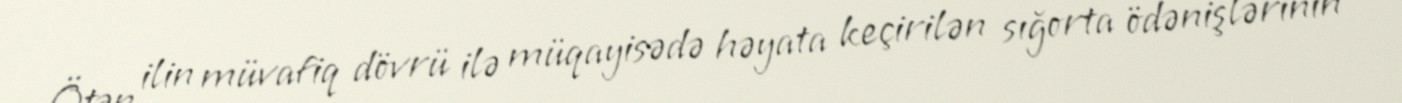
Ötən ilin müvafiq dövrü ilə müqayisədə həyata keçirilən sığorta ödənişlərinin